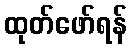
ထုတ်ဖော်ရန်